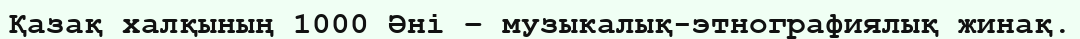
Қазақ халқының 1000 Әні – музыкалық-этнографиялық жинақ.